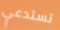
تستدعي